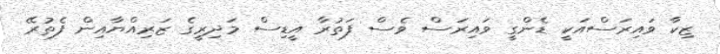
ޒިކާ ވައިރަސްއަކީ ޑެންގީ ވައިރަސް ވެސް ފަތުރާ އީޑިސް މަދިރީގެ ޒަރިއްޔާއިން ފެތުރޭ